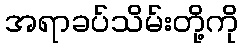
အရာခပ်သိမ်းတို့ကို